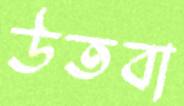
উতবা